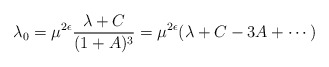
\begin{align*}\lambda_0 = \mu^{2\epsilon} \frac{\lambda + C }{(1+ A )^3}= \mu^{2\epsilon} (\lambda + C - 3 A + \cdots) \end{align*}